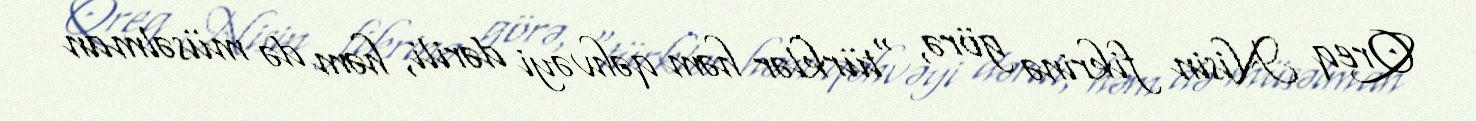
Qreq Nisin fikrinə görə, "türklər həm qəhvəyi dərili, həm də müsəlman